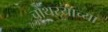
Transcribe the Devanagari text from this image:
चौथऱ्याच्या